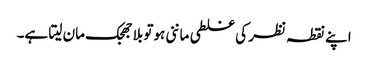
اپنے نقطہ نظر کی غلطی ماننی ہوتو بلا جھجک مان لیتا ہے۔